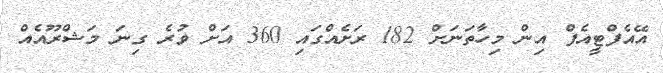
އޭއެފްޓީއެފް އިން މިހާތަނަށް 182 ރަށެއްގައި 360 އަށް ވުރެ ގިނަ މަޝްރޫއެއް